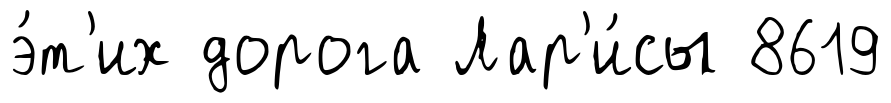
э́т'их дорога Лар'и́сы 8619